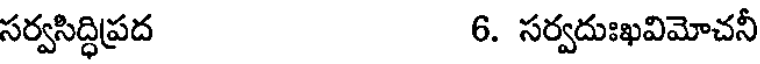
సర్వసిద్ధిప్రద 6. సర్వదుఃఖవిమోచనీ